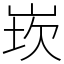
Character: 崁